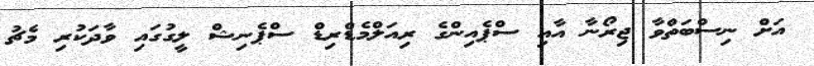
އަށް ނިސްބަތްވާ ޖިރޯނާ އާއި ސްޕެއިންގެ ރިއަލްމެޑްރިޑް ސްޕެނިޝް ލީގުގައި ވާދަކުރި މެޗު